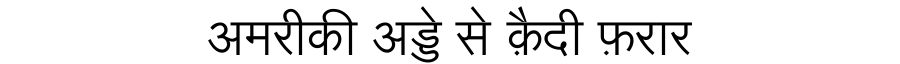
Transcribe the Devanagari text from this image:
अमरीकी अड्डे से क़ैदी फ़रार